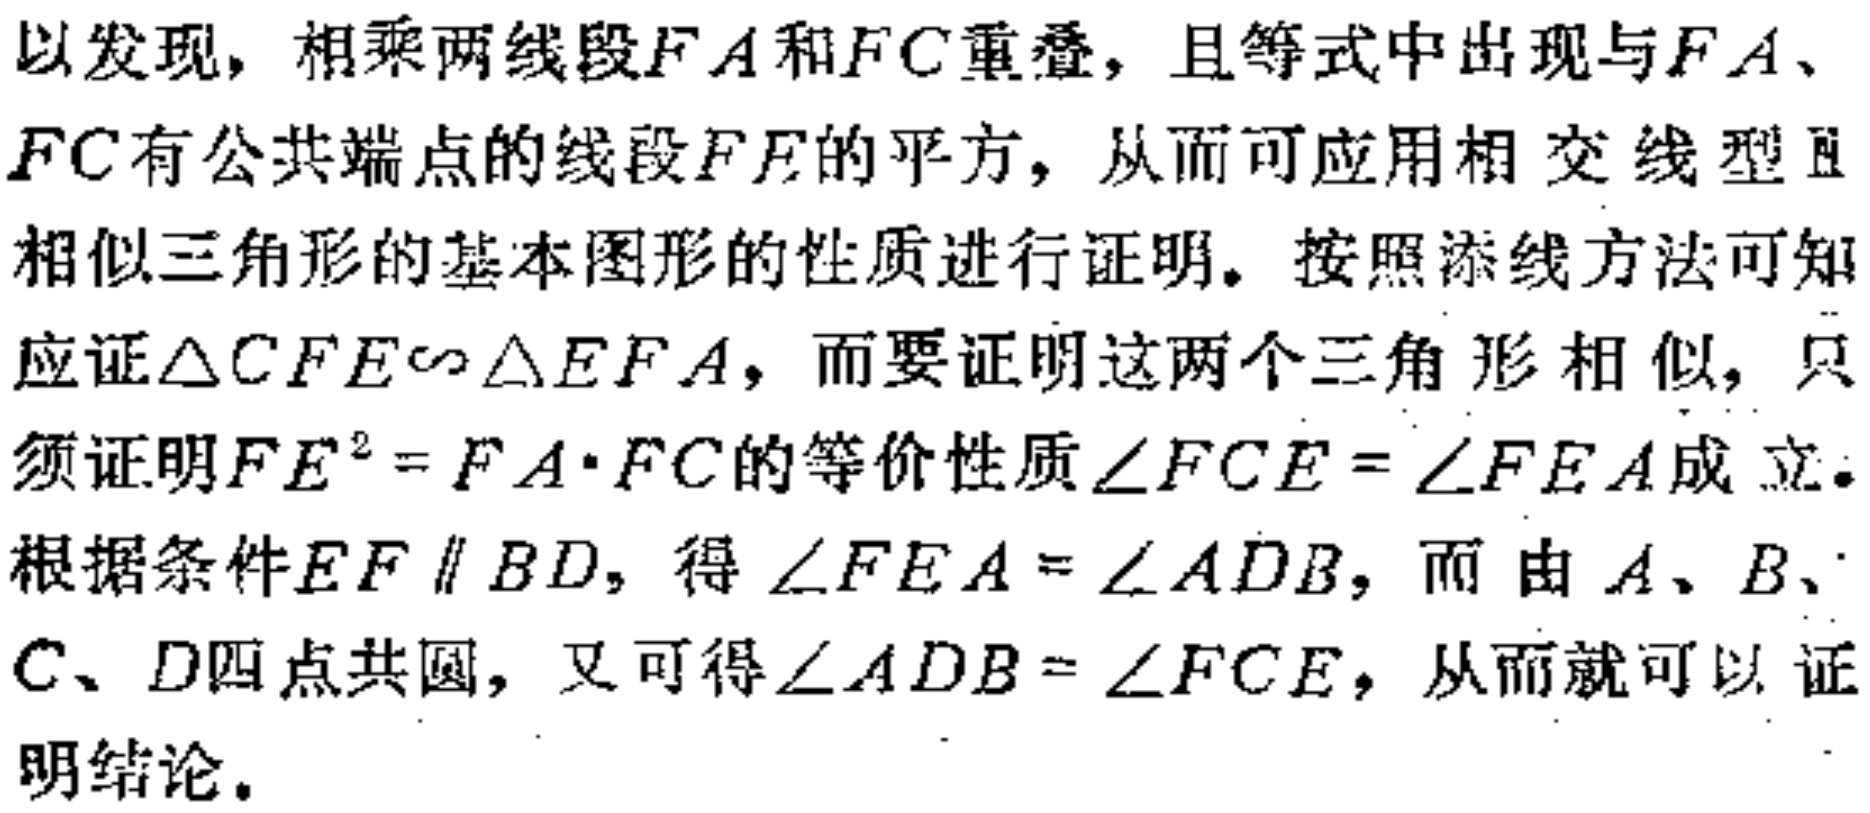
以发现，相乘两线段\(FA\)和\(FC\)重叠，且等式中出现与\(FA\)、\(FC\)有公共端点的线段\(FE\)的平方，从而可应用相交线型Ⅱ相似三角形的基本图形的性质进行证明。按照添线方法可知应证\(\triangle CFE\sim\triangle EFA\)，而要证明这两个三角形相似，只须证明\(FE^{2}=FA\cdot FC\)的等价性质\(\angle FCE = \angle FEA\)成立。根据条件\(EF\parallel BD\)，得\(\angle FEA=\angle ADB\)，而由\(A\)、\(B\)、\(C\)、\(D\)四点共圆，又可得\(\angle ADB=\angle FCE\)，从而就可以证明结论。